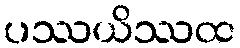
ပဿယိဿထ